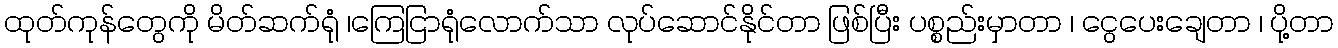
ထုတ်ကုန်တွေကို မိတ်ဆက်ရုံ ၊ကြေငြာရုံလောက်သာ လုပ်ဆောင်နိုင်တာ ဖြစ်ပြီး ပစ္စည်းမှာတာ ၊ ငွေပေးချေတာ ၊ ပို့တာ